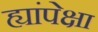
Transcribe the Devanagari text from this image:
ह्यांपेक्षा